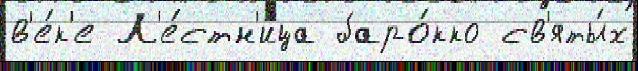
в'е́к'е Л'е́стн'ица баро́кко св'яты́х